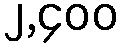
၂,၄၀၀